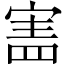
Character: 𡩜